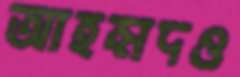
আহম্মদও